Vaccination Hyderabad 1872-1889 - 1872-1889
Year: 1872
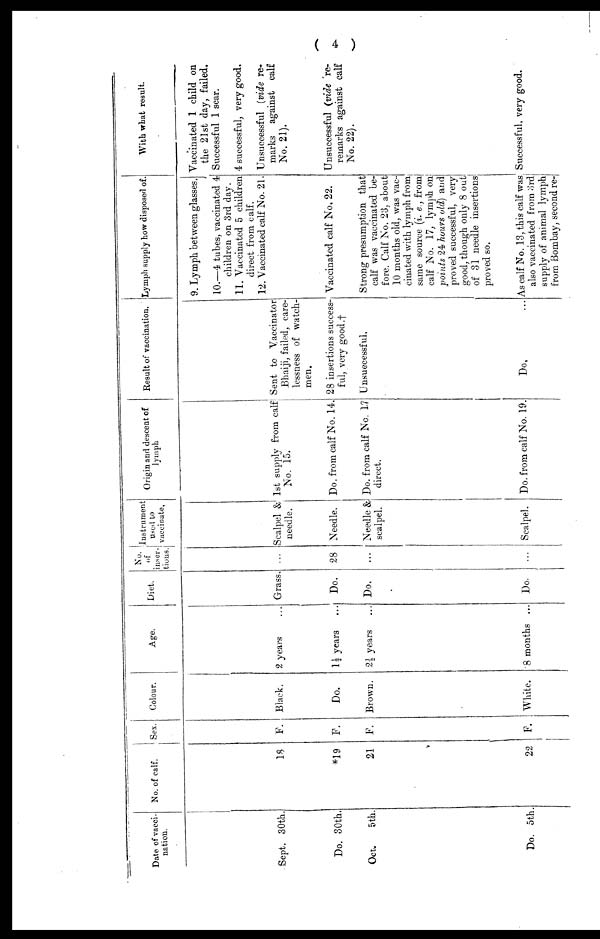
( 4 )
Date of vacci-
nation.
Sept. 30th.
Do. 30th.
Oct.
5th.
Do. 5th.
No. of calf.
18
*19
21
22
Sex.
F.
F.
F.
F.
Colour.
Black.
Do.
Brown.
White.
Age.
2 years
1½ years ...
2½ years
8 months ...
Diet.
Grass.
Do.
Do.
Do.
No.
of
inser¬
tions¬
...
28
...
...
Instrument
used to
vaccinate,
Scalpel &
needle.
Needle.
Needle &
scalpel.
Scalpel.
Origin and descent of
lymph
1st supply from calf
No. 15.
Do. from calf No. 14.
Do. from calf No. 17
direct.
Do. from calf No. 19.
Result of vaccination.
Sent to Vaccinator
Bhaiji, failed, care-
lessness of watch-
men.
28 insertions success-
ful, very good.†
Unsuccessful,
Do. ...
Lymph supply how disposed of
9. Lymph between glasses.
10.—4 tubes, vaccinated 4
children on 3rd day.
11. Vaccinated 5 children
direct from calf.
12. Vaccinated calf No. 21.
Vaccinated calf No, 22.
Strong presumption that
calf was vaccinated be-
fore. Calf No. 23, about
10 months old, was vac-
cinated with lymph from
same source (i. e., from
calf No. 17, lymph on
points 24 hours old) and
proved successful, very
good, though only 8 out
of 31 needle insertions
proved so.
A.s calf No. 13, this calf was,
also vaccinated from 3rd
supply of animal lymph
from Bombay, second re¬
With what result.
Vaccinated 1 child on
the 21st day, failed.
Successful 1 scar.
4 successful, very good.
Unsuccessful (vide re-
marks against calf
No. 21).
Unsuccessful (vide re¬
remarks against calf
No. 22).
Successful, very good.